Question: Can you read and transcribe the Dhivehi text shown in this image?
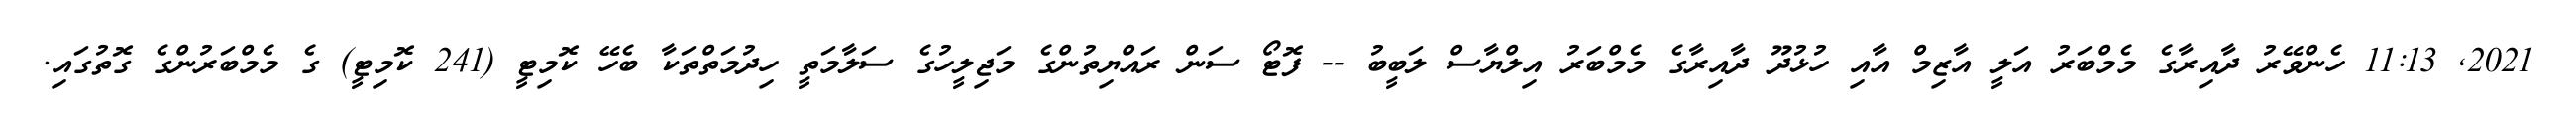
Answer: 2021, 11:13 ހެންވޭރު ދާއިރާގެ މެމްބަރު އަލީ އާޒިމް އާއި ހުޅުދޫ ދާއިރާގެ މެމްބަރު އިލްޔާސް ލަބީބު -- ފޮޓޯ ސަން ރައްޔިތުންގެ މަޖިލީހުގެ ސަލާމަތީ ހިދުމަތްތަކާ ބެހޭ ކޮމިޓީ (241 ކޮމިޓީ) ގެ މެމްބަރުންގެ ގޮތުގައި.